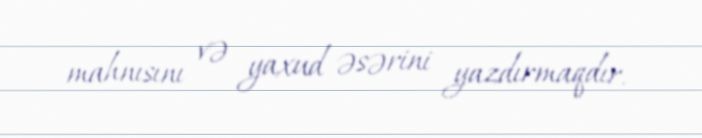
mahnısını və yaxud əsərini yazdırmaqdır.